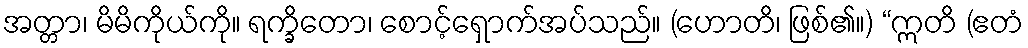
အတ္တာ၊ မိမိကိုယ်ကို။ ရက္ခိတော၊ စောင့်ရှောက်အပ်သည်။ (ဟောတိ၊ ဖြစ်၏။) “ဣတိ (ဧတံ